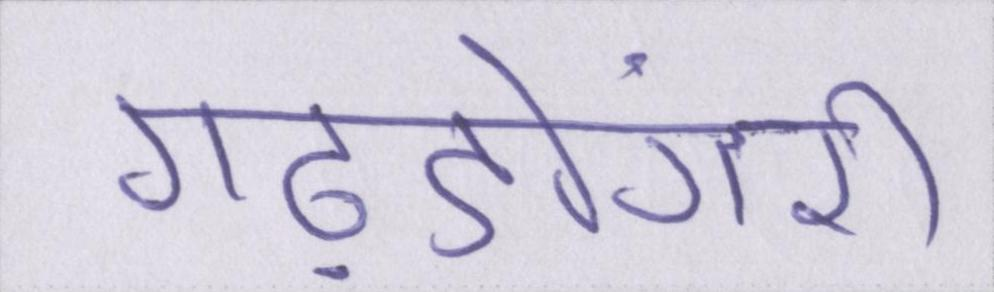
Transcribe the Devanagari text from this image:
गढ़डोंगरी